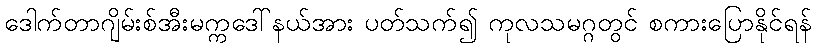
ဒေါက်တာဂျိမ်းစ်အီးမက္ကဒေါ်နယ်အား ပတ်သက်၍ ကုလသမဂ္ဂတွင် စကားပြောနိုင်ရန်